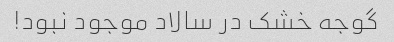
گوجه خشک در سالاد موجود نبود!